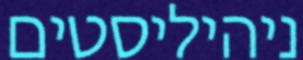
ניהיליסטים